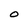
Character: O